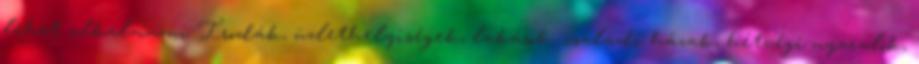
lehet alkalmazni Irodák, üzlethelyiségek, lakások, családi házak, hétvégi nyaralók,